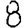
Digit: 8